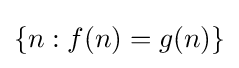
\{n:f(n)=g(n)\}